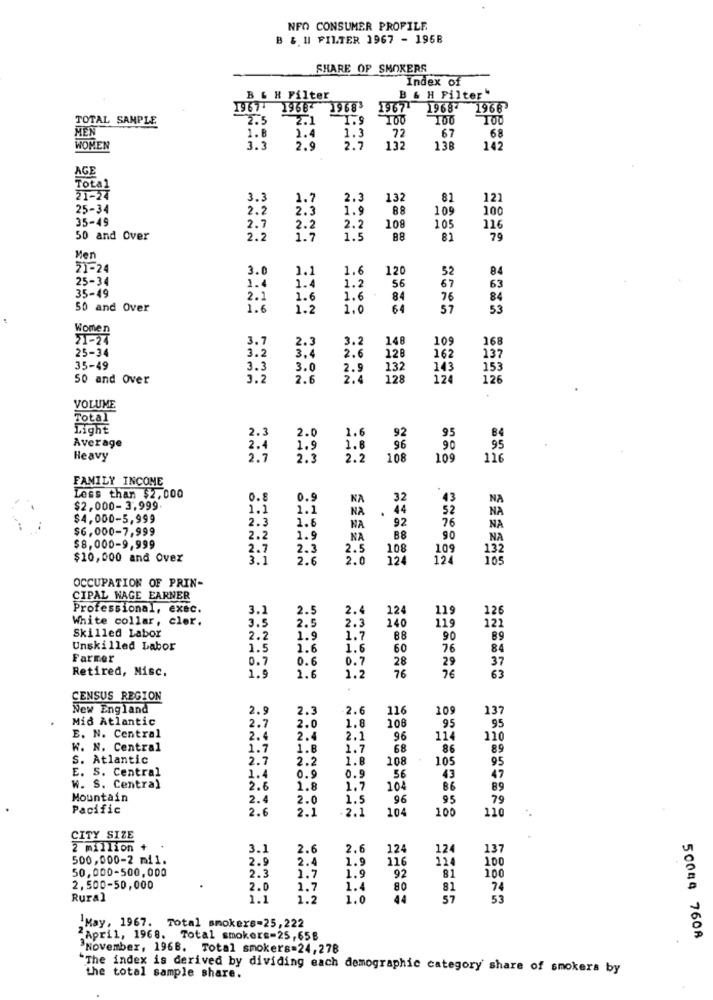
NFO CONSUMER PROFILE
B &.I FILTER 1967 - 1968
SHARE OF SMOKERS
Index of
B & H Filter
B & H Filter"
1968-
19683
19671
1968-
1966
TOTAL SAMPLE
2.5
2.1
I.S
100
MEN
1.8
1.4
1.3
22
67
68
WOMEN
2.9
2.7
132
136
142
AGE
Total
21-24
3.3
1.7
2.3
132
81
121
25-34
2.2
2.3
1.9
88
109
100
35-49
2.7
2.2
2.2
108
105
116
50 and Over
2.5
1.7
1.5
88
81
79
Men
51-24
3.0
1.1
1.6
120
52
84
25-34
1.4
1.
1.2
56
67
63
35-49
2.1
1.6
1.6
84
76
84
50 and Over
1.6
1.2
1.0
64
57
53
Women
71-24
3.7
2.3
3.2
148
109
168
25-34
3.2
3.4
128
2.6
162
137
35-49
3.3
3.0
2.9
132
143
153
50 and Over
3.2
2.
2.4
128
124
126
VOLUME
Total
Light
2.0
1.6
95
B4
2.3
92
Average
2.4
1.9
1.8
96
90
95
Heavy
2.7
2.3
2.2
108
109
116
FAMILY INCOME
Less than $2,000
0.8
0.9
NA
32
43
NA
$2,000-3,999.
1.1
1.1
NA
44
52
NA
$4.000-5,999
2.3
1.6
92
76
$6,000-7,999
NA
NA
2.2
1.9
NA
B8
90
NA
$8,000-9,999
2.7
2.3
2.5
108
109
13
$10,000 and Over
3.1
2.6
2.0
124
105
OCCUPATION OF PRIN-
CIPAL WAGE EARNER
Professional, exec.
3.1
2.5
2.4
124
119
126
White collar, clor.
3.5
2.5
240
12)
Skilled Labor
2.3
2.2
1.9
1.7
88
90
89
Unskilled Labor
1.5
1.6
1.6
60
76
84
Farmer
0.7
0.6
0.7
28
29
37
Retired, Misc.
76
76
63
1.9
1.6
1.2
CENSUS REGION
New England
2.9
2.3
2.6
116
109
137
Mid Atlantic
95
2.7
2.0
1.6
108
95
E. N. Central
2.4
2.4
2.1
96
11.
11
W. N. Central
1.7
1.8
1.7
68
86
89
S. Atlantic
2.7
2.2
1.8
108
105
95
E. S. Central
47
1.4
0.9
0.5
56
43
W. S. Central
2.6
1.8
1.7
104
86
89
Mountain
2.4
2.0
1.5
96
95
79
Pacific
2.6
2.1
2.1
104
100
110
CITY SIZE
2 million
3.1
2.6
2.6
124
124
137
500,000-2 mi1.
2.9
2.4
1.9
116
124
100
50,000-500,000
2.3
1.7
1.9
92
81
100
2,500-50,000
2.0
1.7
1.4
80
81
74
Rural
1.1
1.2
1.0
44
57
53
"May, 1967. Total smokers-25,222
"April, 1968. Total smokers-25, 658
50044 7608
November, 1968. Total smokers=24, 278
"The index is derived by dividing each demographic category share of smokers by
the total sample share.